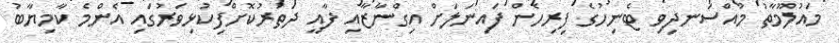
މައުލޫމާތު މުއްސަނދިވި ޓެނިހުގެ ފިރިހެން ފައިނަލަށް އިގްނާޒާއި ފާއީ ދަތުރުކޮށްފިކުޅިވަރުގައި އެންމެ ކާމިޔާބު